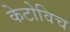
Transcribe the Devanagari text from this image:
केटोविच